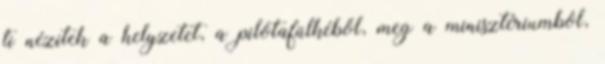
ti nézitek a helyzetet, a pilótafülkéből, meg a minisztériumból,